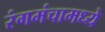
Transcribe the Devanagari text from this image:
रंगमंचामध्ये